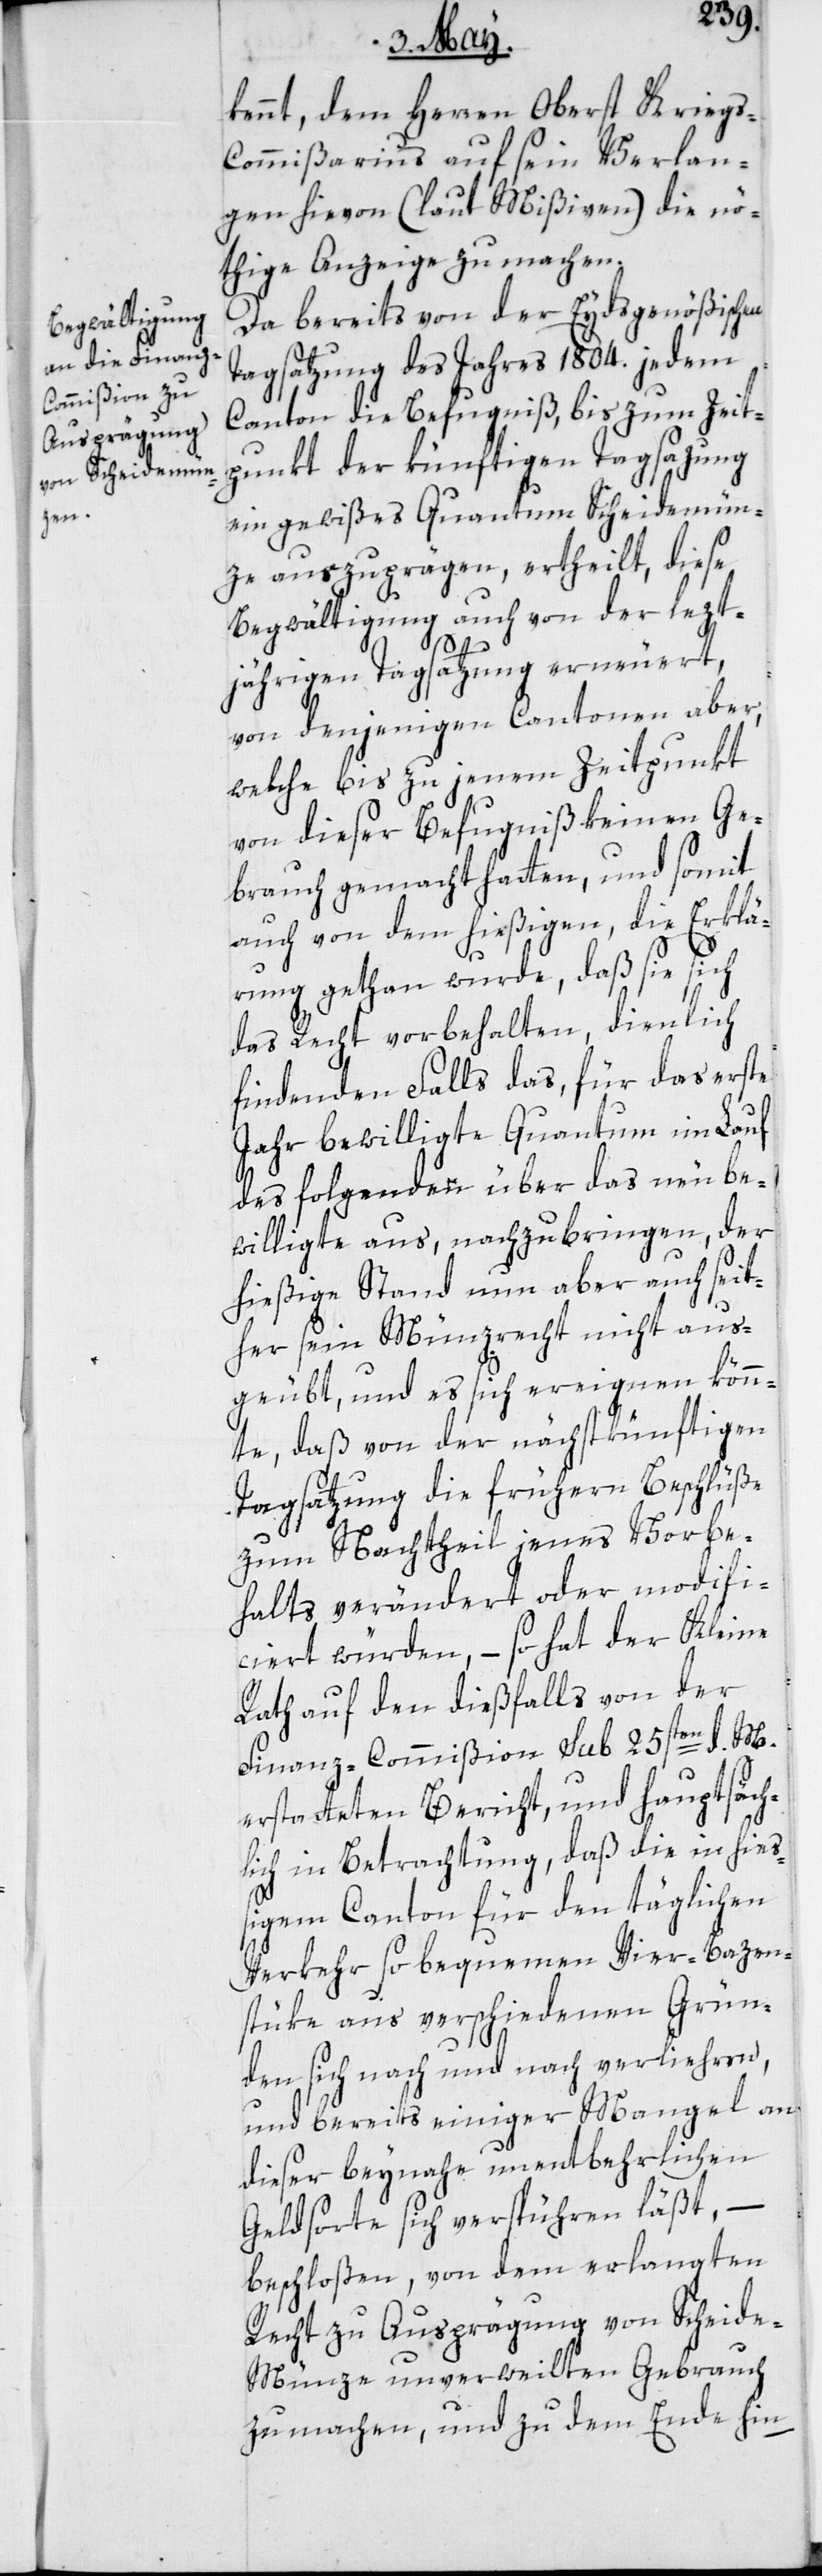
kennt, dem Herren Oberst Krieg¬
s-Commißarius auf sein Verlan¬
gen hievon (laut Mißiven) die nö¬
thige Anzeige zu machen.
Da bereits von der Eydsgenößischen
Tagsatzung des Jahres 1804. jedem
Canton die Befugniß, bis zum Zeit¬
punkt der künftigen Tagsazung
ein gewißes Quantum Scheidemün¬
zen auszuprägen, ertheilt, diese
Begwältigung auch von der letzt¬
jährigen Tagsatzung erneuert,
von denjenigen Cantonen aber,
welche bis zu jenem Zeitpunkt
von dieser Befugniß keinen Ge¬
brauch gemacht hatten, und somit
auch von dem hießigen, die Erklä¬
rung gethan wurde, daß sie sich
das Recht vorbehalten, dienlich
findenden Falls das, für das erste
Jahr bewilligte Quantum im Lauf
des folgenden über das neu be¬
willigte aus, nachzubringen, der
hießige Stand nun aber auch seit¬
her sein Münzrecht nicht aus¬
geübt, und es sich ereignen könn¬
te, daß von der nächstkünftigen
Tagsatzung die frühern Beschlüße
zum Nachtheil jenes Vorbe¬
halts verändert oder modifi¬
ciert würden, so hat der Kleine
Rath auf den dießfalls von der
Finanz-Commißion sub 25sten d. M.
erstatteten Bericht, und hauptsäch¬
lich in Betrachtung, daß die in hieß¬
igem Canton für den täglichen
Verkehr so bequemen Vier-Bazen¬
stüke aus verschiedenen Grün¬
den sich nach und nach verliehren,
und bereits einiger Mangel an
dieser beynahe unentbehrlichen
Geldsorte sich verspühren läßt, –
beschloßen, von dem verlangten
Recht zu Ausprägung von Scheide-M¬
ünze unverweilten Gebrauch
zu machen, und zu dem Ende hin